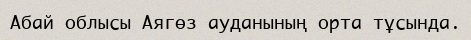
Абай облысы Аягөз ауданының орта тұсында.